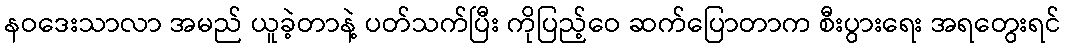
နဝဒေးသာလာ အမည် ယူခဲ့တာနဲ့ ပတ်သက်ပြီး ကိုပြည့်ဝေ ဆက်ပြောတာက စီးပွားရေး အရတွေးရင်